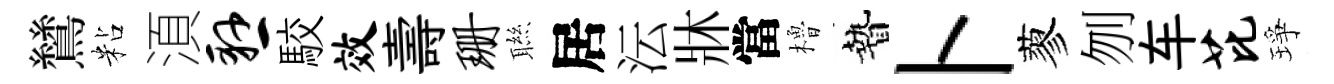
鷥粘湏悬駮效壽珊聮居沄牀當櫓贄卜蓼刎车芘琤